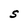
Character: S